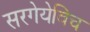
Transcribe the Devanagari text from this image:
सरगेयेविच